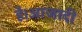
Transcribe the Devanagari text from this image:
है।आजादी